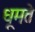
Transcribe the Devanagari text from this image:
धूमते